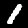
Digit: 1